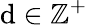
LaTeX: \mathrm{d}\in\mathbb{{Z}}^{+}